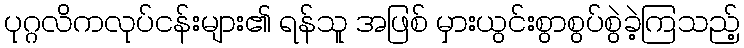
ပုဂ္ဂလိကလုပ်ငန်းများ၏ ရန်သူ အဖြစ် မှားယွင်းစွာစွပ်စွဲခဲ့ကြသည့်